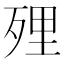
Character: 𭮔